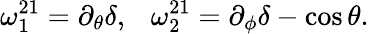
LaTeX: \omega_{1}^{21}=\partial_{\theta}\delta,~~~\omega_{2}^{21}=\partial_{\phi}\delta-\cos\theta.